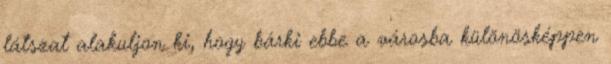
látszat alakuljon ki, hogy bárki ebbe a városba különösképpen